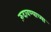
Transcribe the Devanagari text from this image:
रुंदावण्याच्या